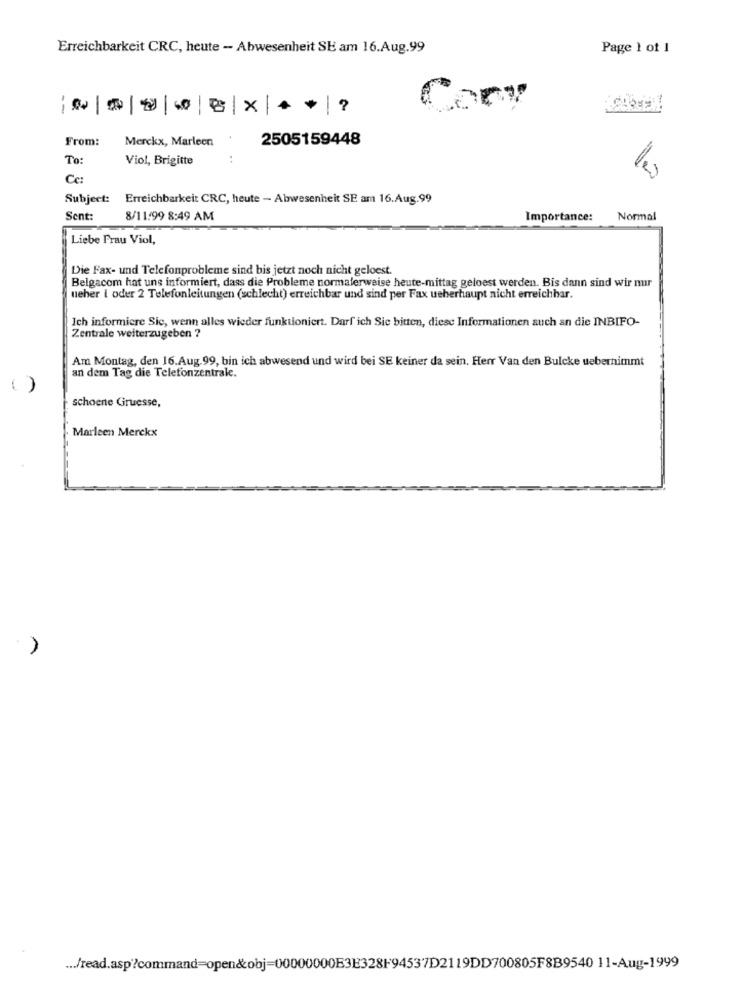
Erreichbarkeit CRC, heute - Abwesenheit SE am 16.Aug.99
Page 1 of 1
| 0| 8| 0 8| X | * * ?
Cory
From:
Merckx, Marleen
2505159448
To:
Viol, Brigitte
:
les
Cc:
Subject:
Erreichbarkeit CRC, heute - Abwesenheit SE am 16.Aug.99
Sent:
8/11/99 8:49 AM
Importance:
Normal
Liebe Frau Viol,
Die Fax- und Telefonprobleme sind bis jetzt noch nicht geloest.
Belgacom hat uns informiert, dass die Probleme normalerweise heute-mittag geloest werden. Bis dann sind wir nur
ueber I oder 2 Telefonleitungen (schlecht) erreichbar und sind per Fax ueberhaupt nicht erreichbar.
Ich informiere Sie, wenn alles wieder funktioniert. Darf ich Sie bitten, diese Informationen auch an die INBIFO-
Zentrale weiterzugeben ?
Am Montag, den 16.Aug.99, bin ich abwesend und wird bei SE keiner da sein. Herr Van den Bulcke uebernimmt
an dem Tag die Telefonzentrale.
schoene Gruesse,
Marleen Merckx
... /read.asp?command=open&obj=00000000E3E328F94537D2119DD700805F8B9540 11-Aug-1999